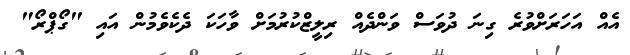
އެއް އަހަރަށްވުރެ ގިނަ ދުވަސް ވަންދެއް ރިލީޒްކުރުމަށް ވާހަކަ ދެކެވެމުން އައި "ގޯޕްރޯ"